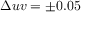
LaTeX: \Delta u v = \pm 0 . 0 5